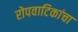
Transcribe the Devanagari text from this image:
रोपवाटिकांचा